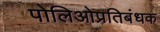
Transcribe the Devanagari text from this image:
पोलिओप्रतिबंधक